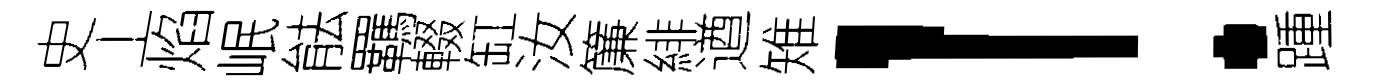
史丄焰岷䏻羈輟缸汝簾緋遒雉！踵